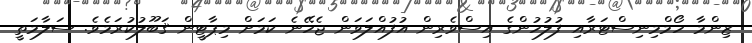
ޒިންމާ ހޯމްމިނިސްޓަރާއި ފުލުހުންގެ އިސްވެރިން އުފުއްލަވަން ޖެހޭނެ ކަމަށް މިޕާޓީން ޤަބޫލުކުރަމެވެ. ސަލާމަތީ